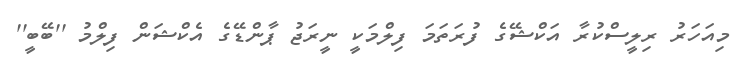
މިއަހަރު ރިލީސްކުރާ އަކްޝޭގެ ފުރަތަމަ ފިލްމަކީ ނީރަޖު ޕާންޑޭގެ އެކްޝަން ފިލްމު ''ބޭބީ''